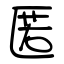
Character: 匿